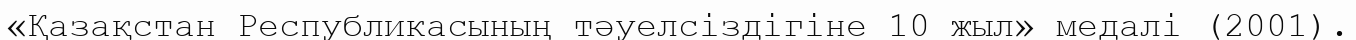
«Қазақстан Республикасының тәуелсіздігіне 10 жыл» медалі (2001).